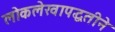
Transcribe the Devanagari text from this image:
लोकलेखापद्धतीने